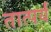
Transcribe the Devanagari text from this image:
तात्पर्यं